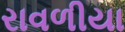
રાવળીયા